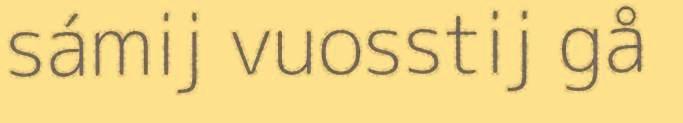
sámij vuosstij gå